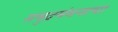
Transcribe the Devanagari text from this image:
समुद्रमंथनाचा